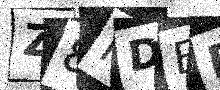
Text: Z8MDEB